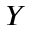
Y